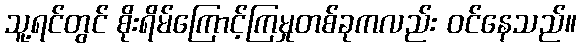
သူ့ရင်တွင် စိုးရိမ်ကြောင့်ကြမှုတစ်ခုကလည်း ဝင်နေသည်။